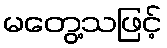
မတွေ့သဖြင့်